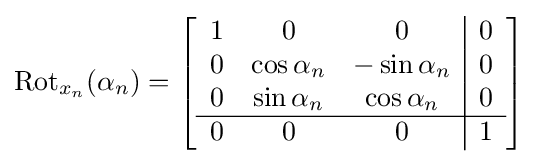
\operatorname {Rot} _{x_{n}}(\alpha _{n})=\left[{\begin{array}{ccc|c}1&0&0&0\\0&\cos \alpha _{n}&-\sin \alpha _{n}&0\\0&\sin \alpha _{n}&\cos \alpha _{n}&0\\\hline 0&0&0&1\end{array}}\right]